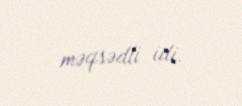
məqsədli idi.